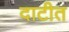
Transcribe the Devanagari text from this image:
दाटीत